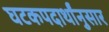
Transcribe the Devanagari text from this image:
घटकपदार्थांनुसार